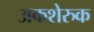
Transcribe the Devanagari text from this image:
अकशेरुक